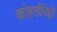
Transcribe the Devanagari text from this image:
कोहलीचेही